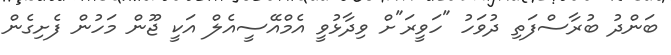
ބަންދު ބުރާސްފަތި ދުވަހު "ހަވީރަ"ށް ވިދާޅުވީ އެމްއޭސީއެލް އަކީ ޖޫން މަހުން ފެށިގެން